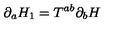
\partial _ { a } H _ { 1 } = T ^ { a b } \partial _ { b } H